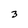
Character: 3